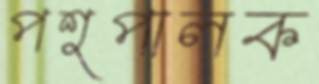
পশুপালক